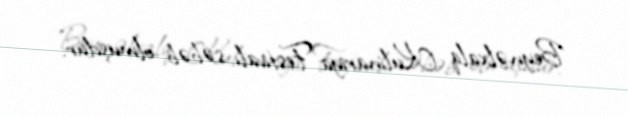
Beynəlxalq Kulinariya Festivalı səbəb olmuşdur.